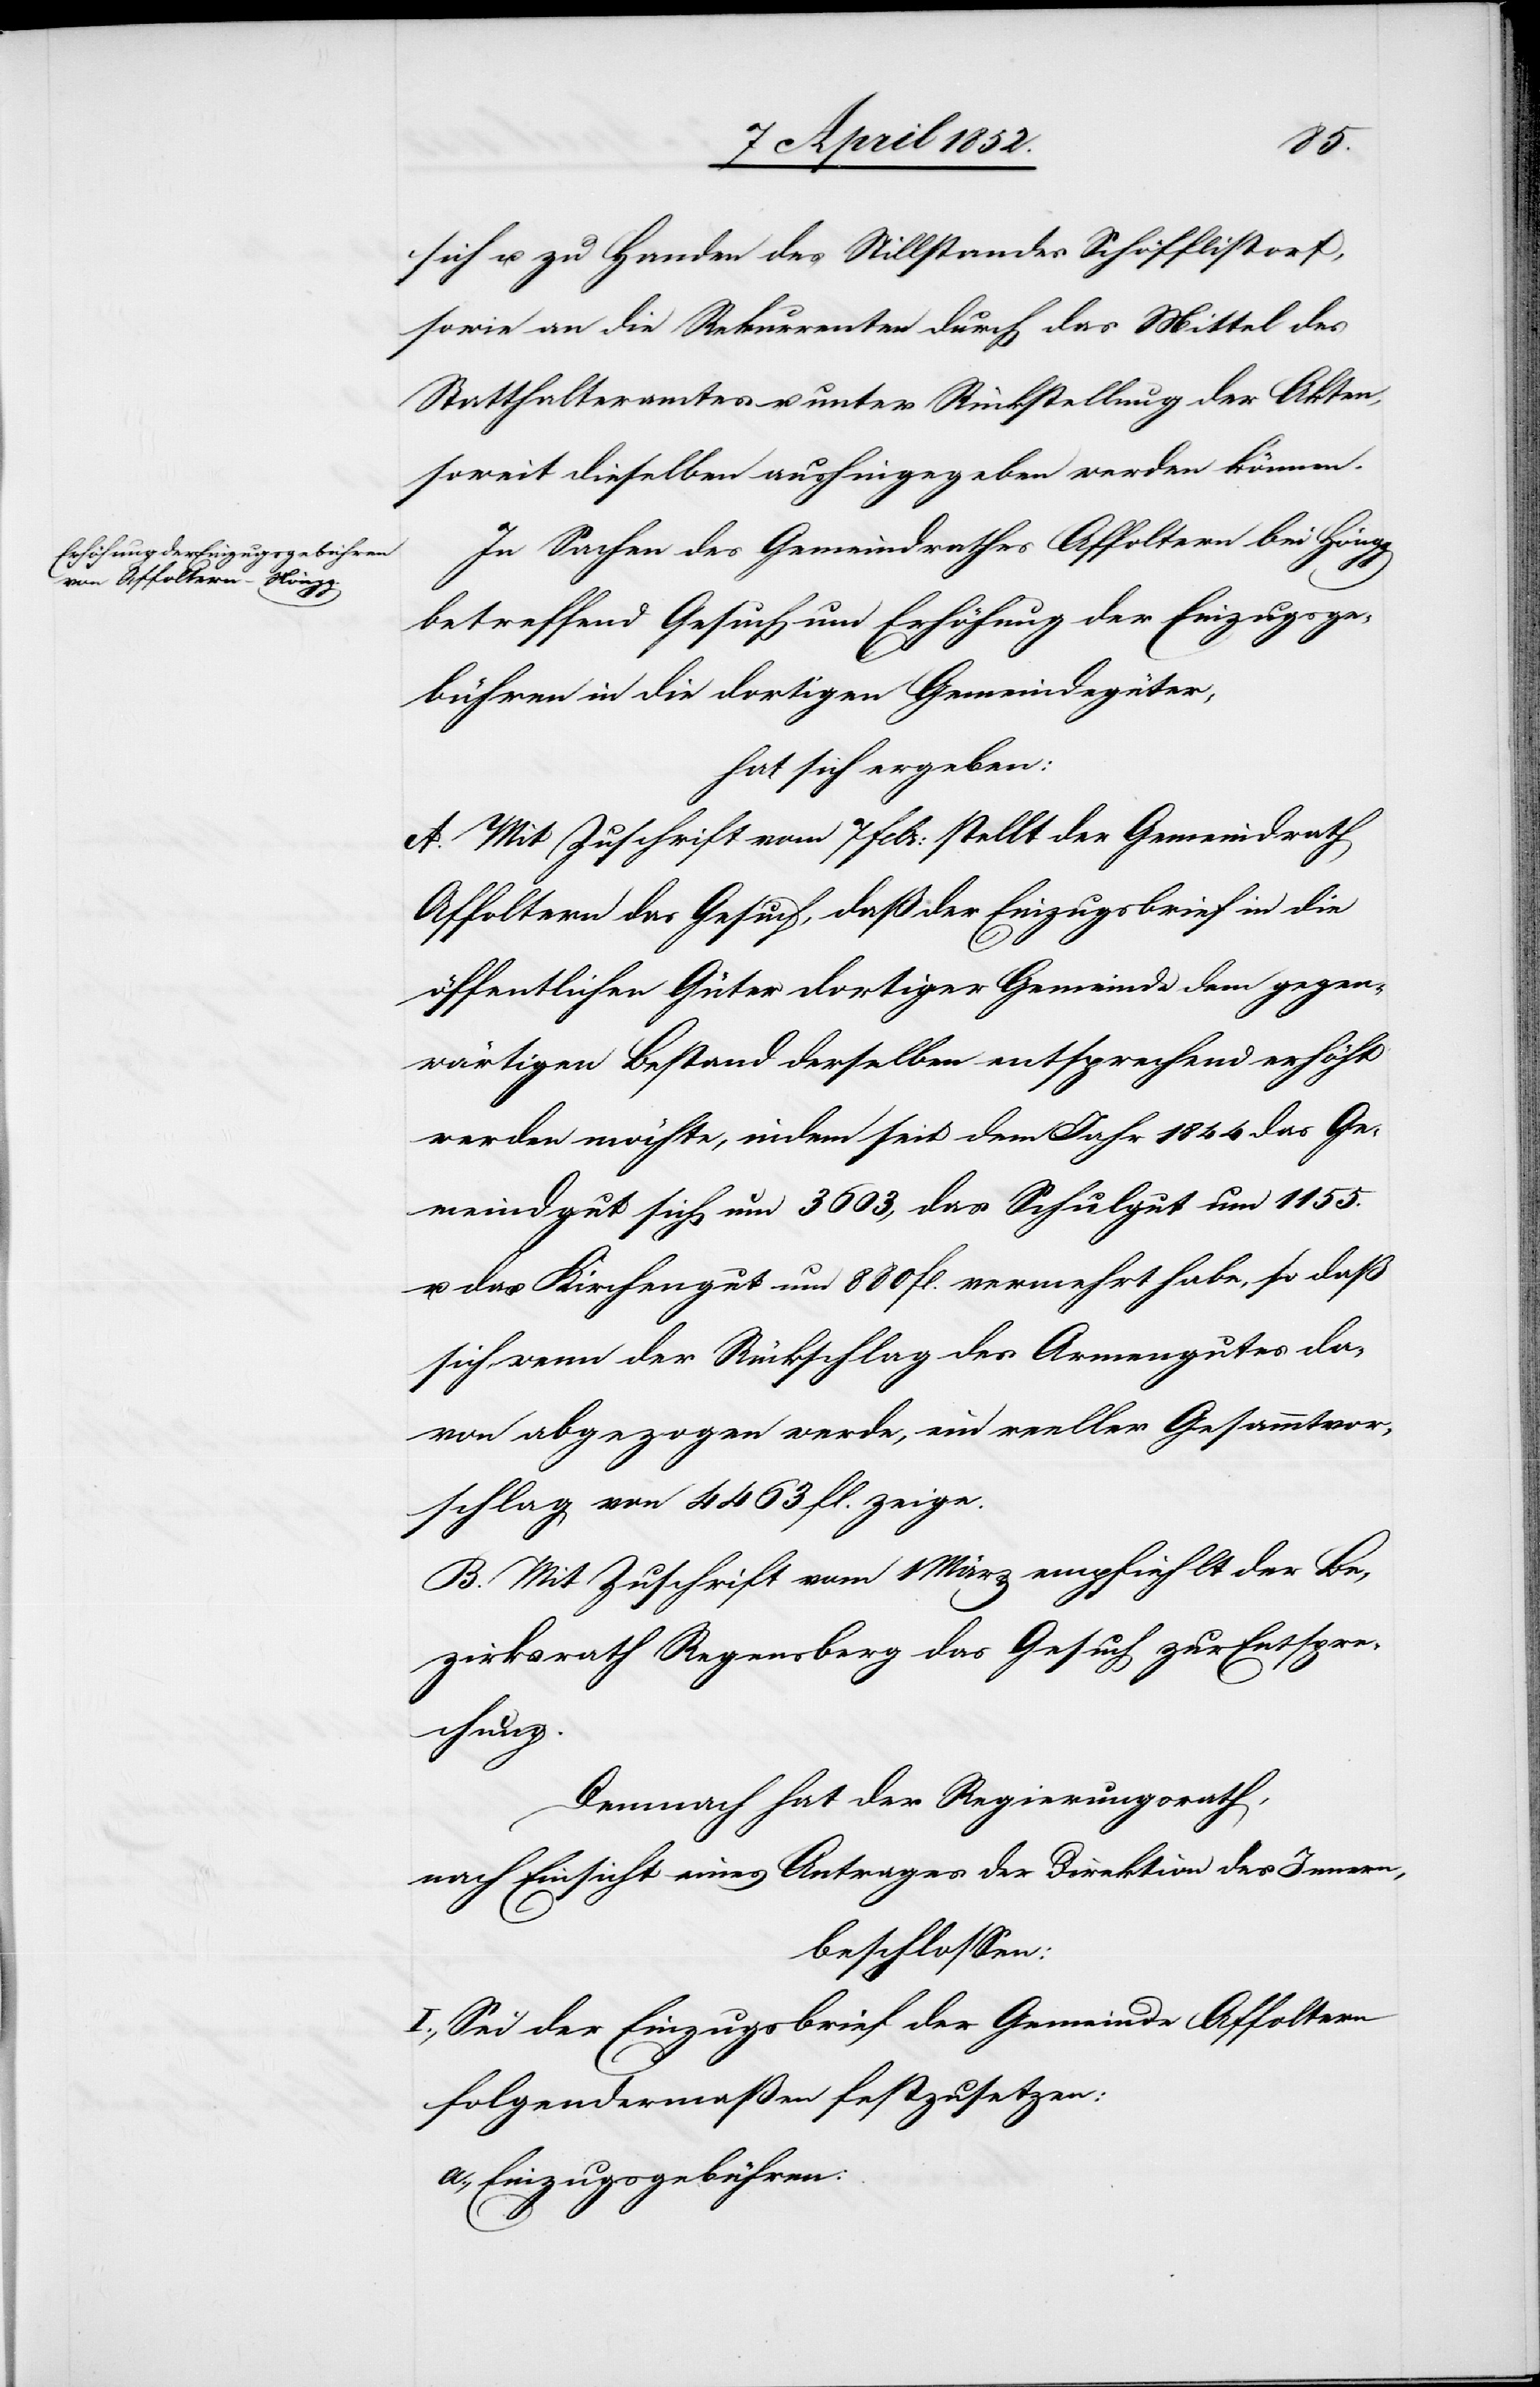
sich u. zu Handen des Stillstandes Schöfflistorf,
sowie an die Rekurrenten durch das Mittel des
Statthalteramtes u. unter Rückstellung der Akten,
soweit dieselben aushingegeben werden können.
In Sachen des Gemeindrathes Affoltern bei Höngg
betreffend Gesuch um Erhöhung der Einzugsge¬
bühren in die dortigen Gemeindegüter,
hat sich ergeben:
A. Mit Zuschrift vom 7 Febr: stellt der Gemeindrath
Affoltern das Gesuch, daß der Einzugsbrief in die
öffentlichen Güter dortiger Gemeinde dem gegen¬
wärtigen Bestand derselben entsprechend erhöht
werden möchte, indem seit dem Jahr 1844 das Ge¬
meindgut sich um 3603, das Schulgut um 1155.
u. das Kirchengut um 880 fl. vermehrt habe, so daß
sich wenn der Rückschlag des Armengutes da¬
von abgezogen werde, ein reeller Gesammtvor¬
schlag von 4463 fl. zeige.
B. Mit Zuschrift vom 1 März empfiehlt der Be¬
zirksrath Regensberg das Gesuch zur Entspre¬
chung.
Demnach hat der Regierungsrath,
nach Einsicht eines Antrages der Direktion des Innern,
beschlossen:
I., Sei der Einzugsbrief der Gemeinde Affoltern
folgendermaßen festzusetzen:
a., Einzugsgebühren: